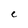
Character: C